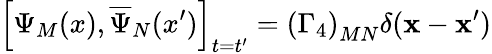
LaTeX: \left[\Psi_{M}(x),\overline{{{\Psi}}}_{N}(x^{\prime})\right]_{t=t^{\prime}}=\left(\Gamma_{4}\right)_{MN}\delta(\mathbf{x}-\mathbf{x}^{\prime})